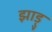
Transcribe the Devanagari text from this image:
झाड़ु